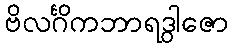
ဗိလင်္ဂိကဘာရဒွါဇော